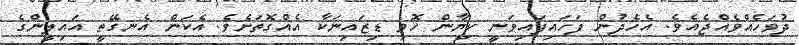
ދުވަހެއްވެއްޖެއެވެ. އެހެދުން ފަހައިފައިވަނީ ކިޔާން ހޮވި ޑިޒައިނަކާ އެއްގޮތަށެވެ. އެކަން އެނގޭތީ އައިލީންގެ